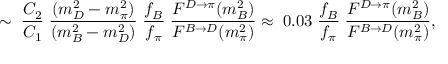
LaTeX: \sim \; \frac { C _ { 2 } } { C _ { 1 } } \; \frac { ( m _ { D } ^ { 2 } - m _ { \pi } ^ { 2 } ) } { ( m _ { B } ^ { 2 } - m _ { D } ^ { 2 } ) } \; \frac { f _ { B } } { f _ { \pi } } \; \frac { F ^ { D \rightarrow \pi } ( m _ { B } ^ { 2 } ) } { F ^ { B \rightarrow D } ( m _ { \pi } ^ { 2 } ) } \approx \; 0 . 0 3 \; \frac { f _ { B } } { f _ { \pi } } \; \frac { F ^ { D \rightarrow \pi } ( m _ { B } ^ { 2 } ) } { F ^ { B \rightarrow D } ( m _ { \pi } ^ { 2 } ) } ,